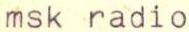
msk radio